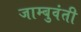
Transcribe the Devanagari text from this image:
जाम्बुवंती